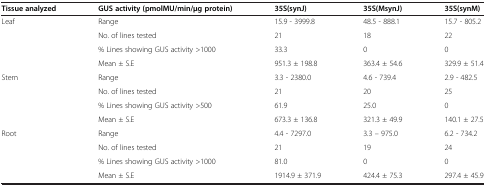
| Tissue analyzed | GUS activity (pmolMU/min/μg protein) | 35S(synJ) | 35S(MsynJ) | 35S(synM) |
 | --- | --- | --- | --- | --- |
 | <ROWSPAN=4> Leaf | Range | 15.9 - 3999.8 | 48.5 - 888.1 | 15.7 - 805.2 |
 | No. of lines tested | 21 | 18 | 22 |
 | % Lines showing GUS activity >1000 | 33.3 | 0 | 0 |
 | Mean ± S.E | 951.3 ± 198.8 | 363.4 ± 54.6 | 329.9 ± 51.4 |
 | <ROWSPAN=4> Stem | Range | 3.3 - 2380.0 | 4.6 - 739.4 | 2.9 - 482.5 |
 | No. of lines tested | 21 | 20 | 25 |
 | % Lines showing GUS activity >500 | 61.9 | 25.0 | 0 |
 | Mean ± S.E | 673.3 ± 136.8 | 321.3 ± 49.9 | 140.1 ± 27.5 |
 | <ROWSPAN=4> Root | Range | 4.4 - 7297.0 | 3.3 – 975.0 | 6.2 - 734.2 |
 | No. of lines tested | 21 | 19 | 24 |
 | % Lines showing GUS activity >1000 | 81.0 | 0 | 0 |
 | Mean ± S.E | 1914.9 ± 371.9 | 424.4 ± 75.3 | 297.4 ± 45.9 |